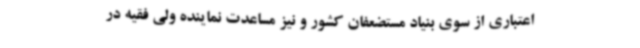
اعتباری از سوی بنیاد مستضعفان کشور و نیز مساعدت نماینده ولی فقیه در